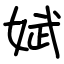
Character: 娬